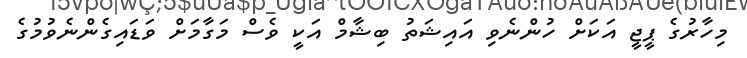
މިހާރުގެ ޕީޖީ އަކަށް ހުންނެވި އައިޝަތު ބިޝާމް އަކީ ވެސް މަގާމަށް ވަޑައިގެންނެވުމުގެ